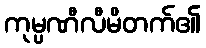
ကုမ္ပဏီလီမိတက်၏